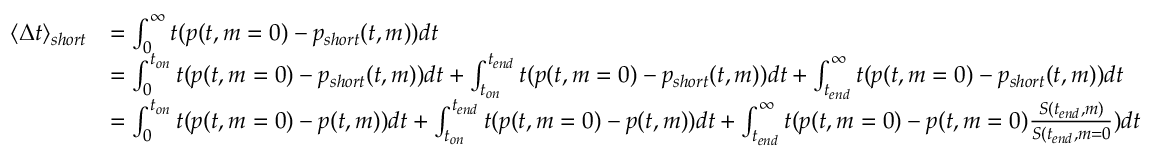
\begin{array} { r l } { \langle \Delta t \rangle _ { s h o r t } } & { = \int _ { 0 } ^ { \infty } t ( p ( t , m = 0 ) - p _ { s h o r t } ( t , m ) ) d t } \\ & { = \int _ { 0 } ^ { t _ { o n } } t ( p ( t , m = 0 ) - p _ { s h o r t } ( t , m ) ) d t + \int _ { t _ { o n } } ^ { t _ { e n d } } t ( p ( t , m = 0 ) - p _ { s h o r t } ( t , m ) ) d t + \int _ { t _ { e n d } } ^ { \infty } t ( p ( t , m = 0 ) - p _ { s h o r t } ( t , m ) ) d t } \\ & { = \int _ { 0 } ^ { t _ { o n } } t ( p ( t , m = 0 ) - p ( t , m ) ) d t + \int _ { t _ { o n } } ^ { t _ { e n d } } t ( p ( t , m = 0 ) - p ( t , m ) ) d t + \int _ { t _ { e n d } } ^ { \infty } t ( p ( t , m = 0 ) - p ( t , m = 0 ) \frac { S ( t _ { e n d } , m ) } { S ( t _ { e n d } , m = 0 } ) d t } \end{array}